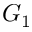
G _ { 1 }